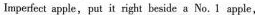
lmperfect apple,put it right beside a No.1 apple,